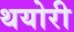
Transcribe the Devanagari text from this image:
थयोरी